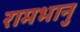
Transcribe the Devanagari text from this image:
रामभानु